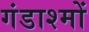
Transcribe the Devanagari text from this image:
गंडाश्मों